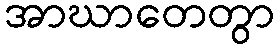
အာဃာတေတွာ